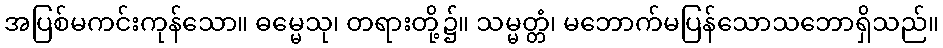
အပြစ်မကင်းကုန်သော။ ဓမ္မေသု၊ တရားတို့၌။ သမ္မတ္တံ၊ မဘောက်မပြန်သောသဘောရှိသည်။